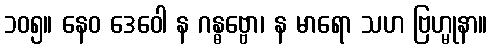
၁၀၅။ နေဝ ဒေဝေါ န ဂန္ဓဗ္ဗော၊ န မာရော သဟ ဗြဟ္မုနာ။